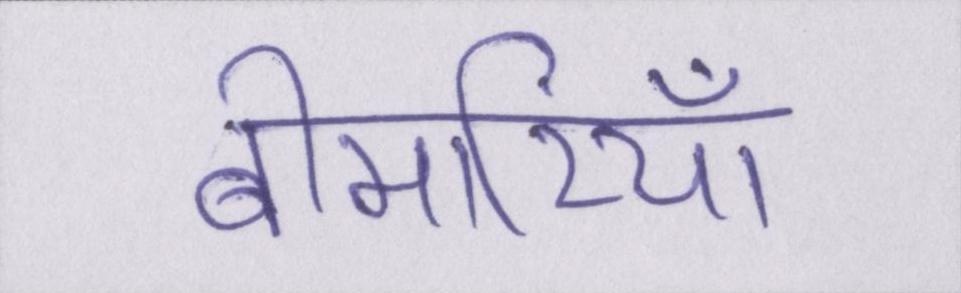
बीमारियाँ